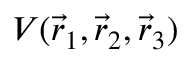
V ( \vec { r } _ { 1 } , \vec { r } _ { 2 } , \vec { r } _ { 3 } )